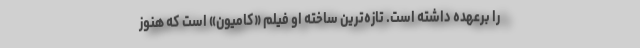
را برعهده داشته است. تازه‌ترین ساخته او فیلم «کامیون» است که هنوز